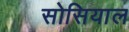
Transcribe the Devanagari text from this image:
सोसियाल